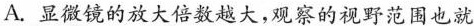
A.显微镜的放大倍数越大，观察的视野范围也就